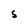
Character: S